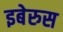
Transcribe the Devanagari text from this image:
इबेरुस